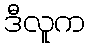
ဒီလူက